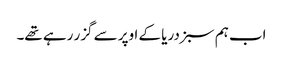
اب ہم سبز دریا کے اوپر سے گزر رہے تھے۔